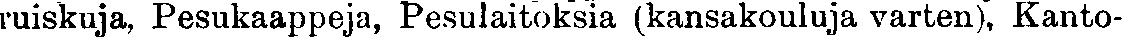
ruiskuja, Pesukaappeja, Pesulaitoksia (kansakouluja varten), Kanto-